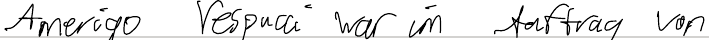
Amerigo Vespucci war im Auftrag von